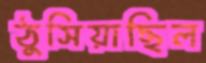
ঠুসিয়াছিল